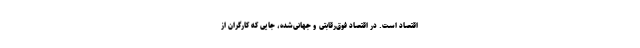
اقتصاد است. در اقتصاد فوق‌رقابتی و جهانی‌شده، جایی که کارگران از